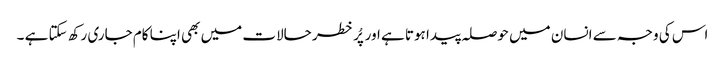
اس کی وجہ سے انسان میں حوصلہ پیدا ہوتا ہے اور پُر خطر حالات میں بھی اپنا کام جاری رکھ سکتا ہے ۔